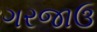
ગરજાઉ